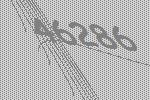
46286